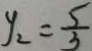
y _ { 2 } = \frac { 5 } { 3 }